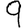
Digit: 9